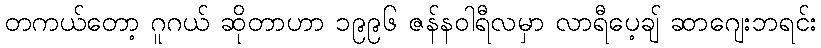
တကယ်တော့ ဂူဂယ် ဆိုတာဟာ ၁၉၉၆ ဇန်နဝါရီလမှာ လာရီပေ့ချ် ဆာဂျေးဘရင်း